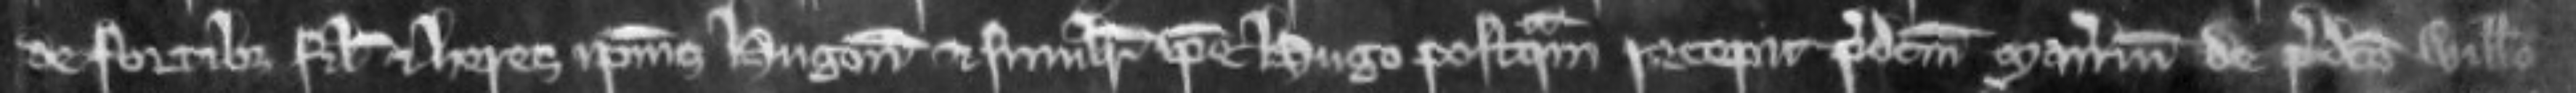
de Fortibus filius et heres ipsius Hugonis et similiter ipse Hugo postquam percepit predictum manerium de predicto Willelmo